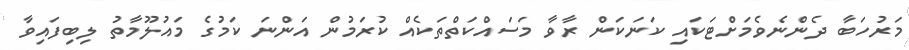
މަރުހަބާ ދެންނެވެމަށްޓަކައި ކަނަކަން ރާވާ މަސައްކަތްތަކެއް ކުރަމުން އަންނަ ކަމުގެ މައުލޫމާތު ލިބިފައިވާ